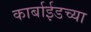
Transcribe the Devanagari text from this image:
कार्बाईडच्या